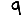
Digit: 9